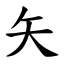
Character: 矢